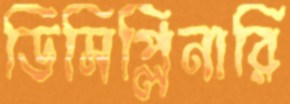
ডিসিপ্লিনারি